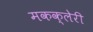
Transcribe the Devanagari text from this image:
मकक्लेरी